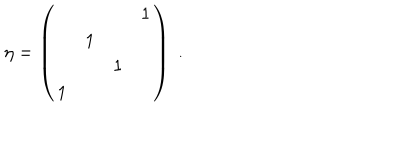
\eta = \left( \begin{matrix} { { } } & { { } } & { { } } & { { 1 } } \\ { { } } & { { 1 } } & { { } } & { { } } \\ { { } } & { { } } & { { 1 } } & { { } } \\ { { 1 } } & { { } } & { { } } & { { } } \\ \end{matrix} \right) \; .